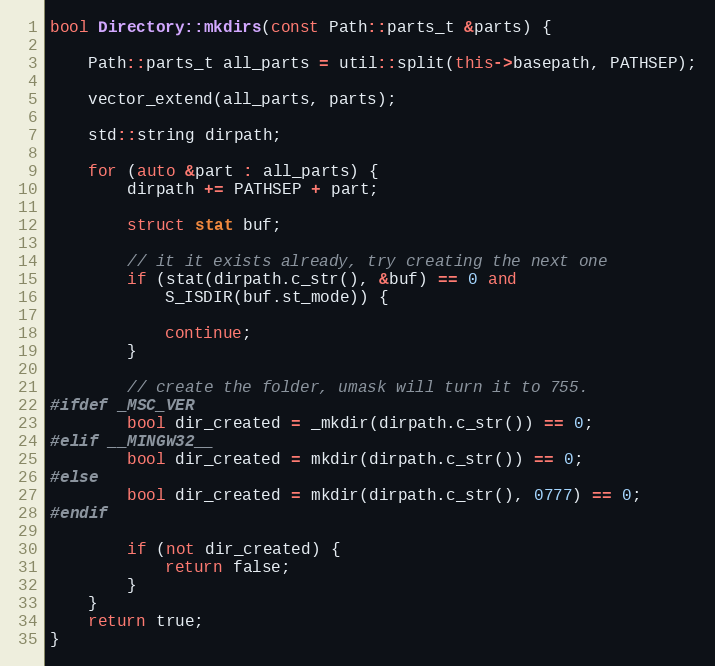
Language: C++
bool Directory::mkdirs(const Path::parts_t &parts) {

	Path::parts_t all_parts = util::split(this->basepath, PATHSEP);

	vector_extend(all_parts, parts);

	std::string dirpath;

	for (auto &part : all_parts) {
		dirpath += PATHSEP + part;

		struct stat buf;

		// it it exists already, try creating the next one
		if (stat(dirpath.c_str(), &buf) == 0 and
		    S_ISDIR(buf.st_mode)) {

			continue;
		}

		// create the folder, umask will turn it to 755.
#ifdef _MSC_VER
		bool dir_created = _mkdir(dirpath.c_str()) == 0;
#elif __MINGW32__
		bool dir_created = mkdir(dirpath.c_str()) == 0;
#else
		bool dir_created = mkdir(dirpath.c_str(), 0777) == 0;
#endif

		if (not dir_created) {
			return false;
		}
	}
	return true;
}